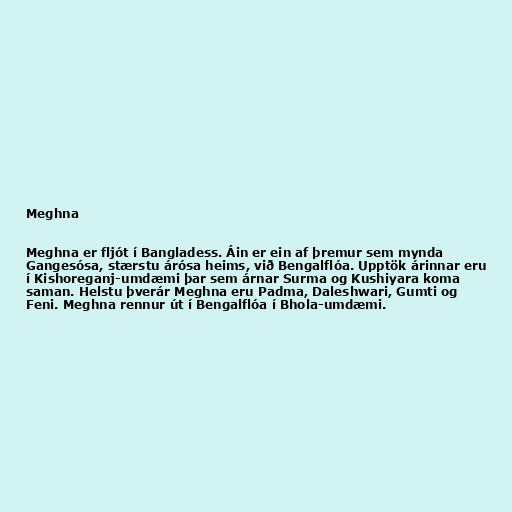
Meghna

Meghna er fljót í Bangladess. Áin er ein af þremur sem mynda
Gangesósa, stærstu árósa heims, við Bengalflóa. Upptök árinnar eru
í Kishoreganj-umdæmi þar sem árnar Surma og Kushiyara koma
saman. Helstu þverár Meghna eru Padma, Daleshwari, Gumti og
Feni. Meghna rennur út í Bengalflóa í Bhola-umdæmi.